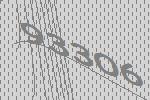
93306